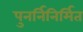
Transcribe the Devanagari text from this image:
पुनर्निनिर्मित